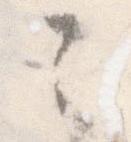
之